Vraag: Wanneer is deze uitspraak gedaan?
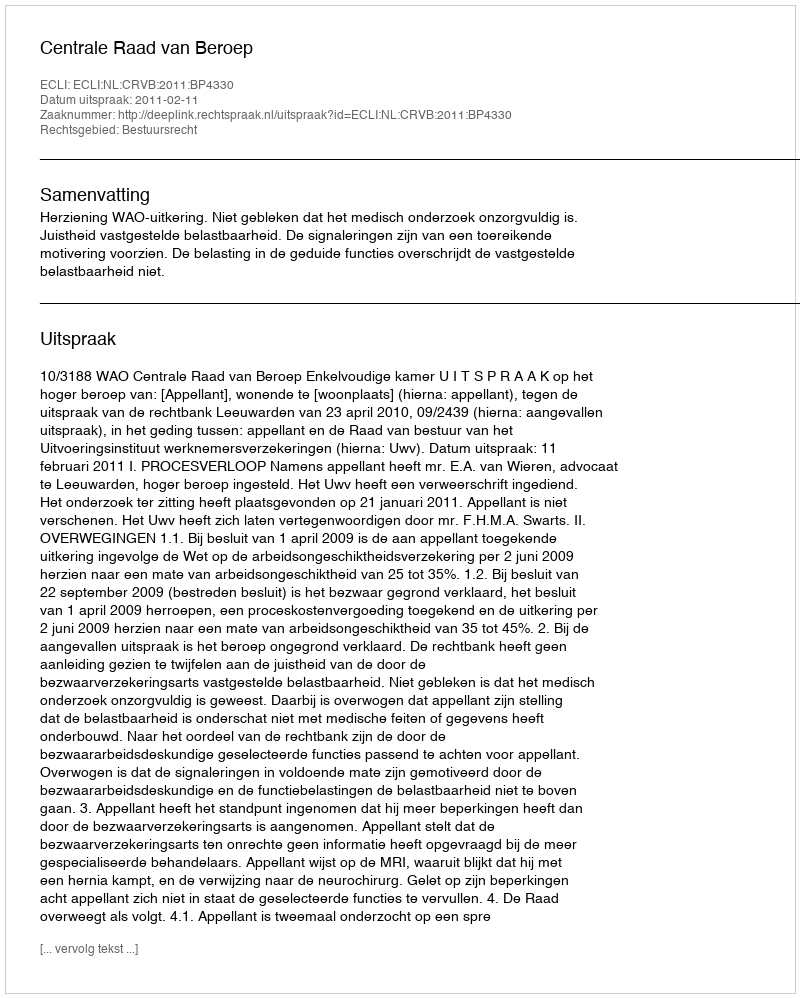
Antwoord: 2011-02-11